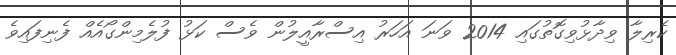
ކެރިލާ ވިދާޅުވިގޮތުގައި 2014 ވަނަ އަހަރު އިސްރާއީލުން ވެސް ކަޅު ފުލެމިންގޯއެއް ފެނިފައިވެ